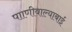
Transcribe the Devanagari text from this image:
पााणीवाल्याबाई